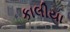
કાલીયા